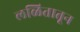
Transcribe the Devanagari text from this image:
लळितातून